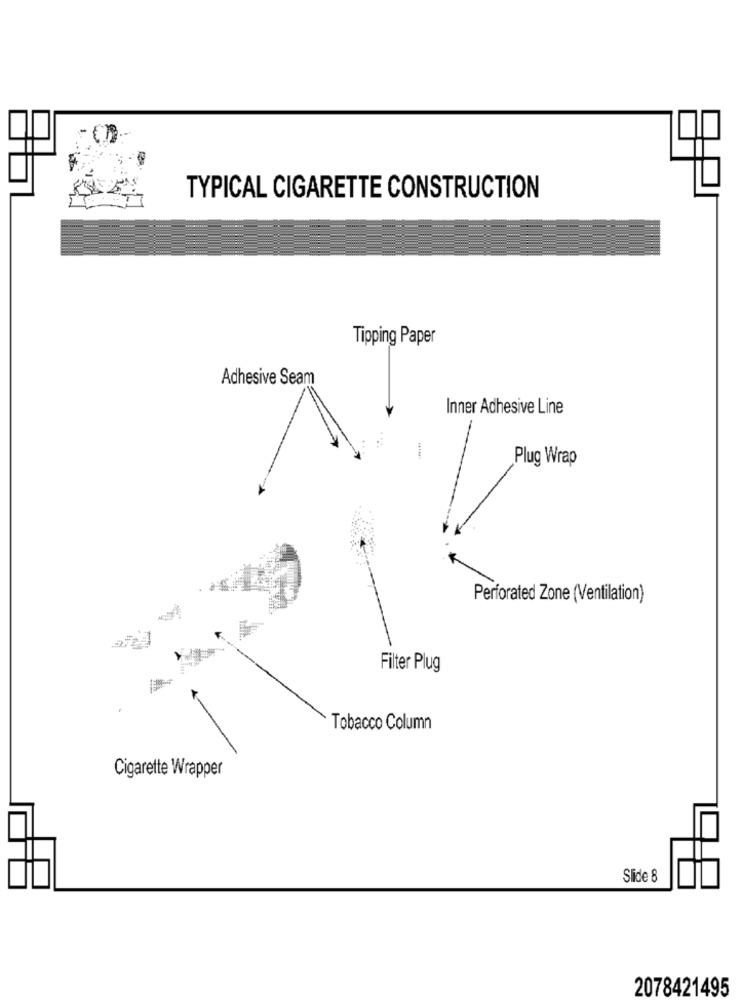
TYPICAL CIGARETTE CONSTRUCTION
Tipping Paper
Adhesive Seam
Inner Adhesive Line
Plug Wrap
Perforated Zone (Ventilation)
-
Filter Plug
Tobacco Column
Cigarette Wrapper
Slide 8
2078421495